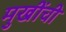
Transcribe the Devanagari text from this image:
मुखींची